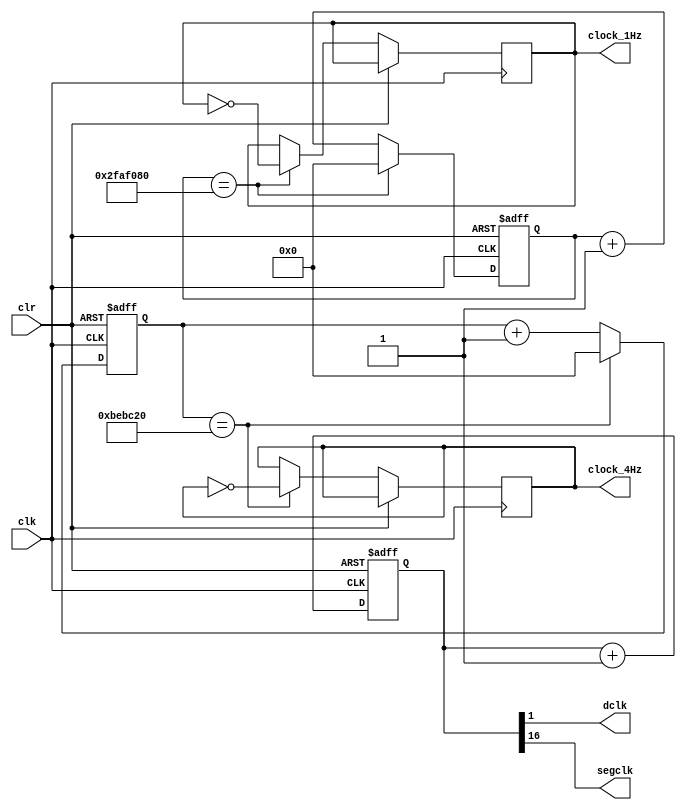
`timescale 1ns / 1ps

module clockdiv(
	input wire clk,		//master clock: 50MHz
	input wire clr,		//asynchronous reset
	output wire dclk,		//pixel clock: 25MHz
	output wire segclk,	//7-segment clock: 381.47Hz
	output reg clock_4Hz,
	output reg clock_1Hz
	);

	// 17-bit counter variable
	reg [16:0] q;
	reg [25: 0] clk_cnt_4;
	reg [25: 0] clk_cnt_1;

	// Clock divider --
	// Each bit in q is a clock signal that is
	// only a fraction of the master clock.
	always @(posedge clk or posedge clr)
	begin
		// reset condition
		if (clr == 1) begin
			q <= 0; 
			clk_cnt_4 <= 0; 
			clk_cnt_1 <= 0;
		// increment counter by one
		end else begin
			q <= q + 1;
			clk_cnt_4 <= clk_cnt_4 + 1'b1;
			clk_cnt_1 <= clk_cnt_1 + 1'b1;
			if (clk_cnt_4 == 12500000) begin
            clk_cnt_4 <= 0;
            clock_4Hz <= ~clock_4Hz;
			end
			
			if (clk_cnt_1 == 50000000) begin
            clk_cnt_1 <= 0;
            clock_1Hz <= ~clock_1Hz;
			end
		end
	end

	// 50Mhz: 2^17 = 381.47Hz
	assign segclk = q[16];

	// 50Mhz: 2^1 = 25MHz
	assign dclk = q[1];

endmodule